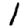
Digit: 1